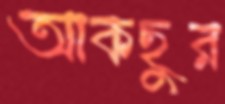
আকছুর